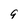
Character: 9